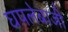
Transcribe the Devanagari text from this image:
घपलेबाजी